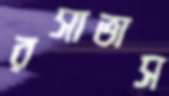
রসাভাস